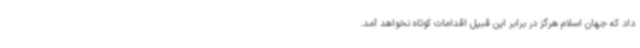
داد که جهان اسلام هرگز در برابر این قبیل اقدامات کوتاه نخواهد آمد.